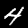
Label: 4